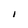
Character: I